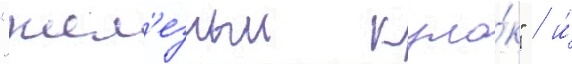
"жел'езныи кула́к" / и́